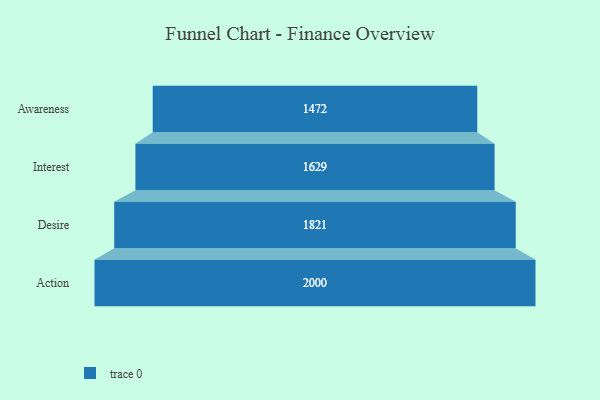
{"axis": {"x": "Stage", "y": "Value"}, "legend": [""], "data": [{"x": "Awareness", "y": 1472.0, "type": ""}, {"x": "Interest", "y": 1629.0, "type": ""}, {"x": "Desire", "y": 1821.0, "type": ""}, {"x": "Action", "y": 2000, "type": ""}]}